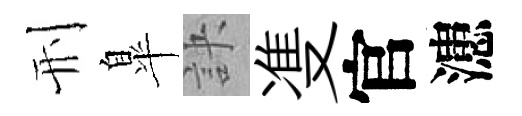
刑臯訣㕠官漶